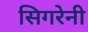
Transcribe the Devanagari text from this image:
सिगरेनी